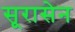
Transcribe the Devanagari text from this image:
सूरासेन